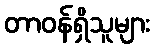
တာဝန်ရှိသူများ